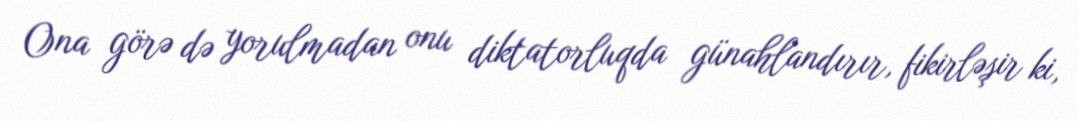
Ona görə də yorulmadan onu diktatorluqda günahlandırır, fikirləşir ki,